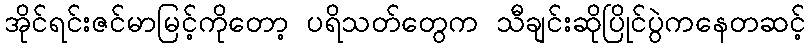
အိုင်ရင်းဇင်မာမြင့်ကိုတော့ ပရိသတ်တွေက သီချင်းဆိုပြိုင်ပွဲကနေတဆင့်